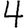
Digit: 4